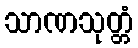
သာဏသုတ္တံ